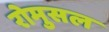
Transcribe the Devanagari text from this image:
रोमुसल